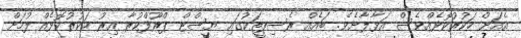
އެއަށް ހަކުރުކޮޅެއްވެސް އަޅާލާށެވެ. ބައެއް ރެސިޕީތަކުގައި ޔީސްޓް ޕްރޫފްކުރާ އިރު ހަކުރުކޮޅެއް ލުމަށް